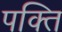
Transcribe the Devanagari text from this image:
पक्ति